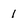
Character: 1